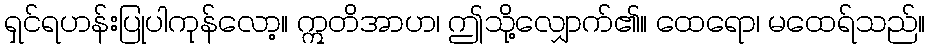
ရှင်ရဟန်းပြုပါကုန်လော့။ ဣတိအာဟ၊ ဤသို့လျှောက်၏။ ထေရော၊ မထေရ်သည်။